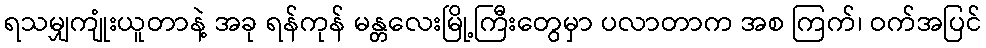
ရသမျှကျုံးယူတာနဲ့ အခု ရန်ကုန် မန္တလေးမြို့ကြီးတွေမှာ ပလာတာက အစ ကြက်၊ ဝက်အပြင်